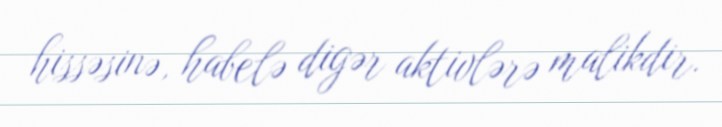
hissəsinə, habelə digər aktivlərə malikdir.